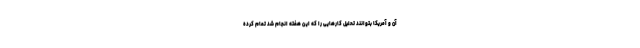
آن و آمریکا بتوانند تحلیل کارهایی را که این هفته انجام شد تمام کرده